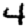
Digit: 4